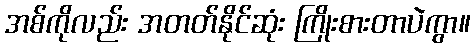
အစ်ကိုလည်း အတတ်နိုင်ဆုံး ကြိုးစားတာပဲကွာ။